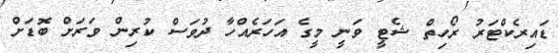
ޑައިރެކްޓަރު ރޯހިތް ޝެޓީ ވަނީ މީގެ އަހަރެއްހާ ދުވަސް ކުރިން ވަރަށް ބޮޑަށް